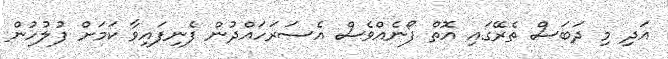
އަދި މި ދަބަސް ތެރޭގައި އޮތް ފޯނެއްވެސް އެސަރަހައްދުން ފެނިފައިވާ ކަމަށް ފުލުހުން